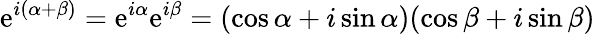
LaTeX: \mathrm{e}^{i(\alpha+\beta)}=\mathrm{e}^{i\alpha}\mathrm{e}^{i\beta}=(\cos\alpha+i\sin\alpha)(\cos\beta+i\sin\beta)